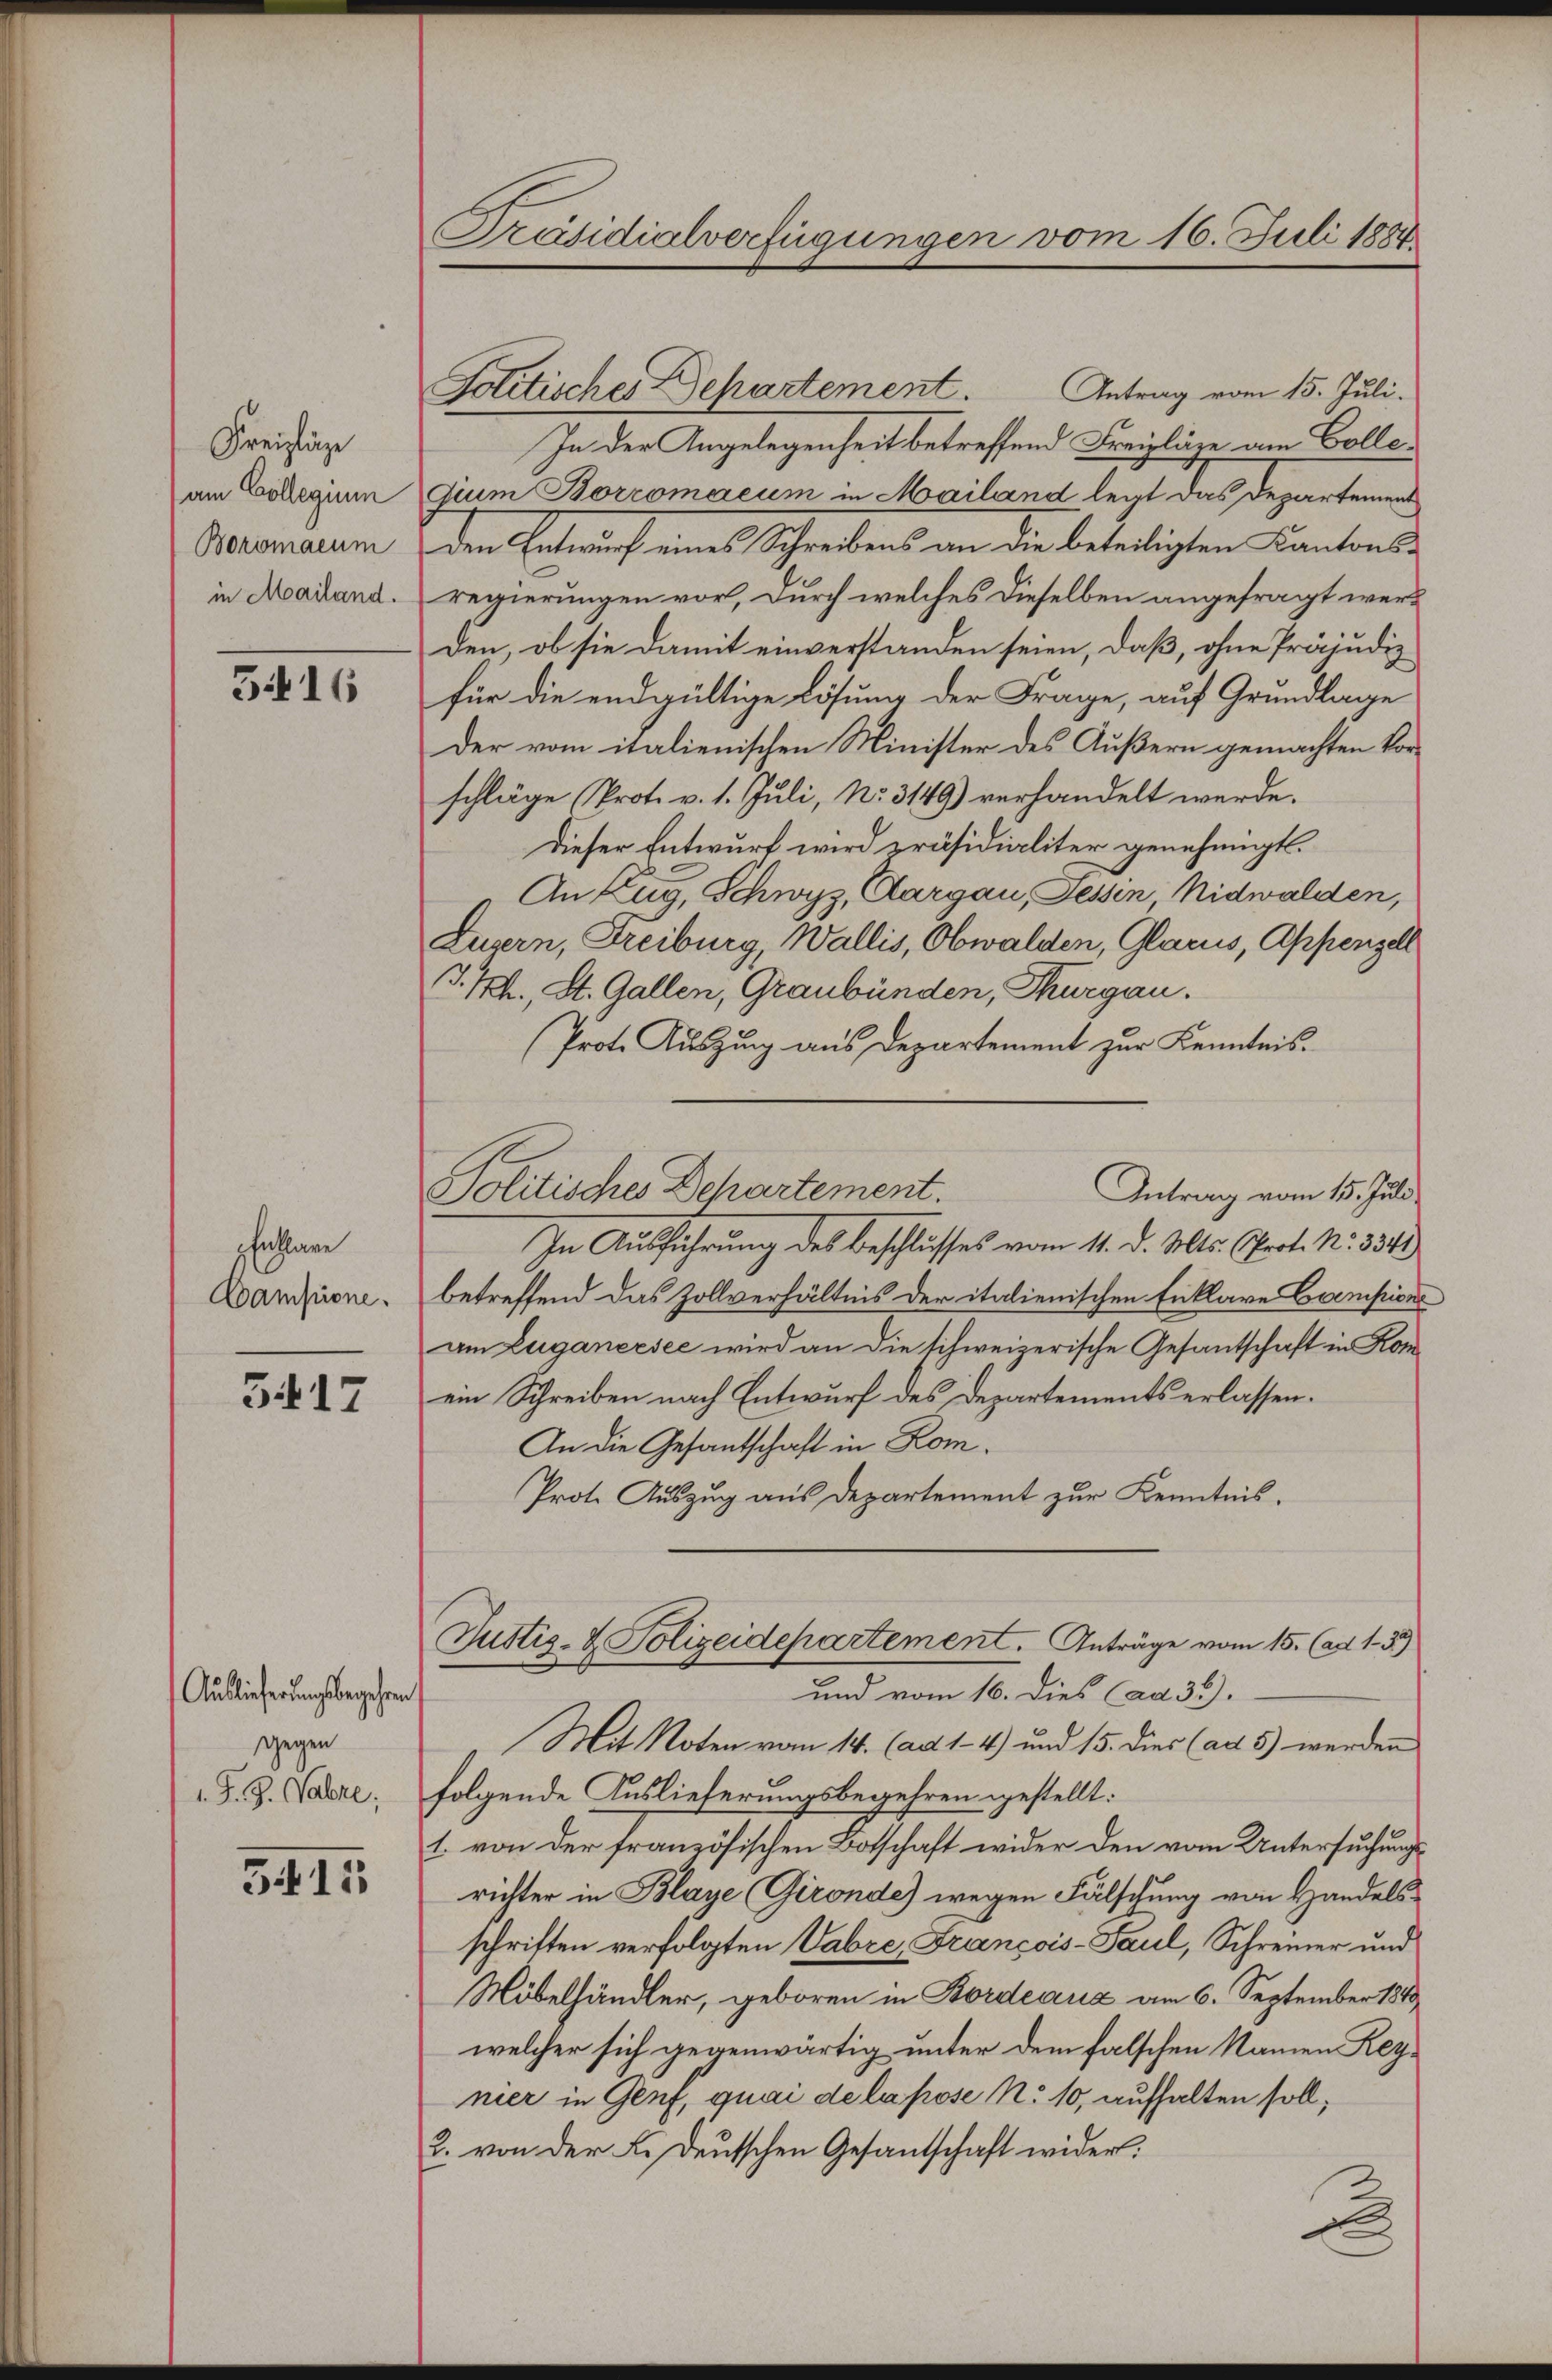
Freizläge
(am Collegium
Boromaeum
in Mailand.

5416

Enklare
Campione.

3417

Auslicherungsbegehren
gegen
1. J. J. Habre;

3411

Präsidialverfügungen vom 16. Juli 1884

Politisches Departement.
Antrag vom 15. Juli.
In der Angelegenheit betreffend Freizläge am Collegium Borromacum in Mailand legt das Departement
Den Entwurf eines Schreibens an die beteiligten Kantonsregierungen vor, durch welches dieselben angefragt werd
den, ob sie damit einverstanden seien, daß, ohne Präjudiz
für die endgültige Lösung der Frage, auf Grundlage
Der vom italienischen Minister des Äußern gemachten Vorschläge (Prot. v. 1. Juli, No. 3149) verhandelt werde.
Dieser Entwurf wird präsidialiter genehmigt.
An Zug, Schwyz, Aargau, Fessen Nidwalden,
Luzern, Freiburg, Wallis, Obwalden, Glarus, Appenzell
J. Ph., St. Gallen, Graubünden, Thurgau.
Prote Auszug aus Departement zur Kenntnis.
Antrag vom 15. Juli
In Ausführung des Beschlusses vom 11. d. Mts. Prot. N. 334.
betreffend das Zollverhältnis der italienischen Enklare Campions
am Zuganersee wird an die schweizerische Gesantschaft in Kom
ein Schreiben nach Entwurf des Departements erlassen.
An die Gesantschaft in Rom.
Prote Auszug aus Departement zur Kenntnis.
Justiz- & Polizeidepartement. Anträge vom 15. (ad 1. 33)
und vom 16. dies (ad 35).
Mit Noten vom 14. (ad 1.- 4) und 15. dies (ad 5) werden
folgende Auslieferungsbegehren gestellt:
1. von der französischen Botschaft wider den vom Untersuchungsrichter in Blaye (Gironde) wegen Fälschung von Handelsschriften verfolgten Vabze, Francois-Saul, Schreiner und
Möbelhändler, geboren in Bordeaux am 6. September 1849
welcher sich gegenwärtig unter dem falschen Namen Reynier in Genf, quai de la pose N. 10, aufhalten soll,
2. von der K. Deutschen Gesantschaft wider.
B

Politisches Departement.